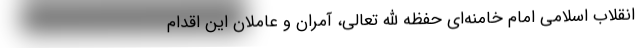
انقلاب اسلامی امام خامنه‌ای حفظه الله تعالی، آمران و عاملان این اقدام